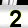
Digit: 2